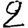
Digit: 2